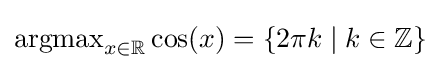
\operatorname {argmax} _{x\in \mathbb {R} }\cos(x)=\{2\pi k\mid k\in \mathbb {Z} \}